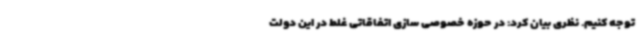
توجه کنیم. نظری بیان کرد: در حوزه خصوصی سازی اتفاقاتی غلط در این دولت